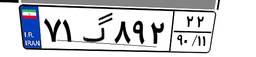
۷۱گ۸۹۲۲۲